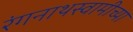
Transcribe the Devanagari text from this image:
रंगनाथस्वामीच्या